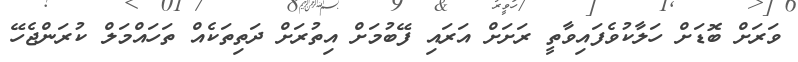
ވަރަށް ބޮޑަށް ހަލާކުވެފައިވާތީ ރަށަށް އަރައި ފޭބުމަށް އިތުރަށް ދަތިތަކެއް ތަހައްމަލް ކުރަންޖެހޭ